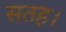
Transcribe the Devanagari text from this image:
सतह।